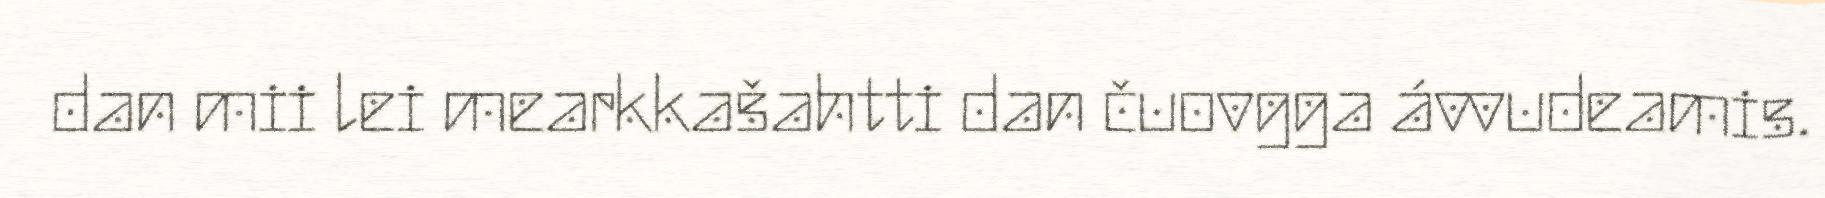
dan mii lei mearkkašahtti dan čuovgga ávvudeamis.